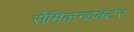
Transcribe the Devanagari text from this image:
सेमिकन्डक्टर